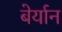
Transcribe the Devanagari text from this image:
बेर्यान